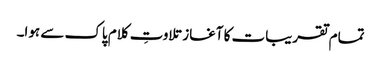
تمام تقریبات کا آغاز تلاوتِ کلام پاک سے ہوا۔